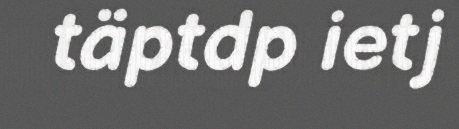
täptdp ietj